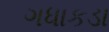
ગધાકડા